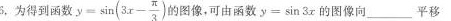
6.为得到函数$$y = \sin ( 3 x - \frac{ π } { 3 } )$$ 的图像，可由函数$$y = \sin 3 x$$的图像向___平移